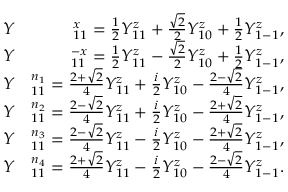
\begin{array} { r l r } & { Y } & { ^ x _ { 1 1 } = \frac { 1 } { 2 } Y _ { 1 1 } ^ { z } + \frac { \sqrt { 2 } } { 2 } Y _ { 1 0 } ^ { z } + \frac { 1 } { 2 } Y _ { 1 - 1 } ^ { z } , } \\ & { Y } & { ^ { - x } _ { 1 1 } = \frac { 1 } { 2 } Y _ { 1 1 } ^ { z } - \frac { \sqrt { 2 } } { 2 } Y _ { 1 0 } ^ { z } + \frac { 1 } { 2 } Y _ { 1 - 1 } ^ { z } , } \\ & { Y } & { ^ { n _ { 1 } } _ { 1 1 } = \frac { 2 + \sqrt { 2 } } { 4 } Y _ { 1 1 } ^ { z } + \frac { i } { 2 } Y _ { 1 0 } ^ { z } - \frac { 2 - \sqrt { 2 } } { 4 } Y _ { 1 - 1 } ^ { z } , } \\ & { Y } & { ^ { n _ { 2 } } _ { 1 1 } = \frac { 2 - \sqrt { 2 } } { 4 } Y _ { 1 1 } ^ { z } + \frac { i } { 2 } Y _ { 1 0 } ^ { z } - \frac { 2 + \sqrt { 2 } } { 4 } Y _ { 1 - 1 } ^ { z } , } \\ & { Y } & { ^ { n _ { 3 } } _ { 1 1 } = \frac { 2 - \sqrt { 2 } } { 4 } Y _ { 1 1 } ^ { z } - \frac { i } { 2 } Y _ { 1 0 } ^ { z } - \frac { 2 + \sqrt { 2 } } { 4 } Y _ { 1 - 1 } ^ { z } , } \\ & { Y } & { ^ { n _ { 4 } } _ { 1 1 } = \frac { 2 + \sqrt { 2 } } { 4 } Y _ { 1 1 } ^ { z } - \frac { i } { 2 } Y _ { 1 0 } ^ { z } - \frac { 2 - \sqrt { 2 } } { 4 } Y _ { 1 - 1 } ^ { z } . } \end{array}